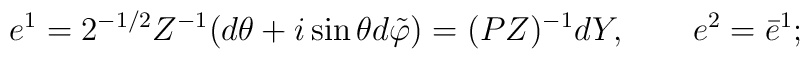
e^1 =2^{-1/2} Z^{-1} (d\theta + i \sin \theta d\tilde\varphi) =(PZ)^{-1} d Y , \qquad e^2 = \bar e^1;